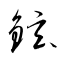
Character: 鉉